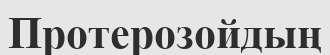
Протерозойдың